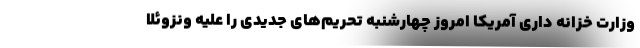
وزارت خزانه داری آمریکا امروز چهارشنبه تحریم‌های جدیدی را علیه ونزوئلا